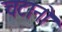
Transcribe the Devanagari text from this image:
चटानो